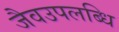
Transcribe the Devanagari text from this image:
जैवउपलब्धि